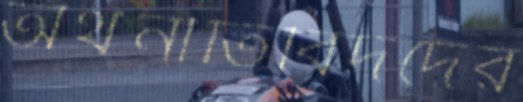
অর্থনীতিবিদদের